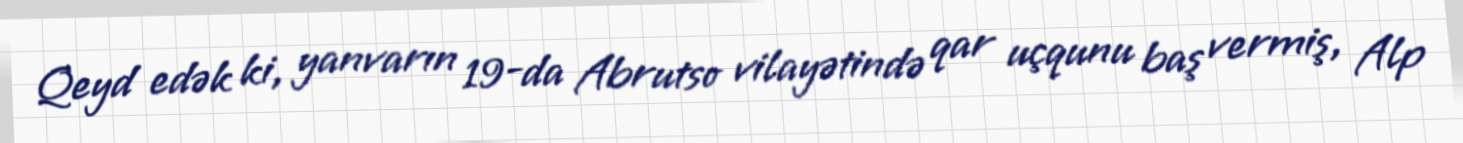
Qeyd edək ki, yanvarın 19-da Abrutso vilayətində qar uçqunu baş vermiş, Alp